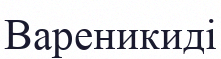
Вареникиді